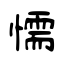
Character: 懦